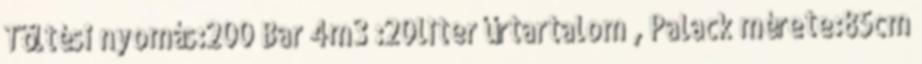
Töltési nyomás:200 Bar 4m3 :20liter űrtartalom , Palack mérete:85cm